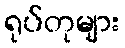
ရုပ်တုများ